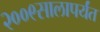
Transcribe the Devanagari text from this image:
२००९सालापर्यंत